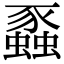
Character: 蟸